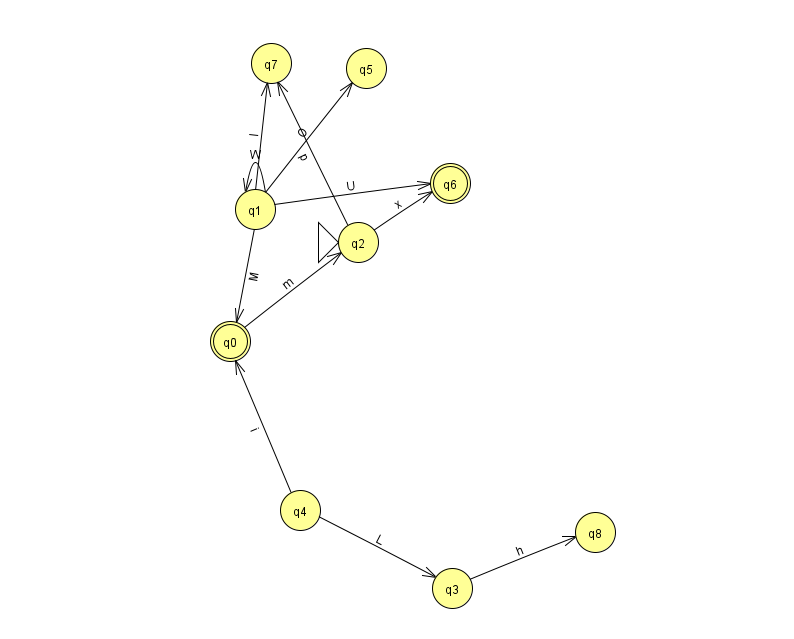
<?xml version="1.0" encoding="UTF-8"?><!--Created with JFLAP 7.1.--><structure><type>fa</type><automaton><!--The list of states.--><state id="0" name="q0"><x>230.0</x><y>328.0</y><final/></state><state id="1" name="q1"><x>255.0</x><y>196.0</y></state><state id="2" name="q2"><x>358.0</x><y>229.0</y><initial/></state><state id="3" name="q3"><x>452.0</x><y>575.0</y></state><state id="4" name="q4"><x>300.0</x><y>497.0</y></state><state id="5" name="q5"><x>366.0</x><y>55.0</y></state><state id="6" name="q6"><x>450.0</x><y>170.0</y><final/></state><state id="7" name="q7"><x>271.0</x><y>50.0</y></state><state id="8" name="q8"><x>595.0</x><y>519.0</y></state><!--The list of transitions.--><transition><from>1</from><to>0</to><read>M</read></transition><transition><from>4</from><to>0</to><read>i</read></transition><transition><from>1</from><to>5</to><read>O</read></transition><transition><from>3</from><to>8</to><read>h</read></transition><transition><from>1</from><to>1</to><read>W</read></transition><transition><from>0</from><to>2</to><read>m</read></transition><transition><from>2</from><to>7</to><read>p</read></transition><transition><from>1</from><to>6</to><read>U</read></transition><transition><from>4</from><to>3</to><read>L</read></transition><transition><from>1</from><to>7</to><read>l</read></transition><transition><from>2</from><to>6</to><read>x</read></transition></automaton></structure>